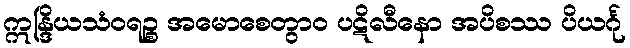
ဣန္ဒြိယသံဝရဉ္စ အမောစေတွာဝ ပဋိလီနော အပိစဿ ပိယင်္ဂု